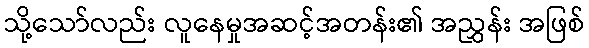
သို့သော်လည်း လူနေမှုအဆင့်အတန်း၏ အညွှန်း အဖြစ်